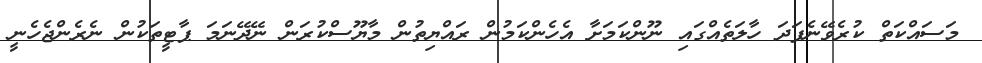
މަސައްކަތް ކުރެވޭނެފަދަ ހާލަތެއްގައި ނޫންކަމަށާ އެހެންކަމުން ރައްޔިތުން މާޔޫސްކުރަން ނޭދޭނަމަ ޕާޓީތަކުން ނެރެންޖެހެނީ